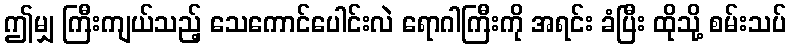
ဤမျှ ကြီးကျယ်သည့် သေကောင်ပေါင်းလဲ ရောဂါကြီးကို အရင်း ခံပြီး ထိုသို့ စမ်းသပ်